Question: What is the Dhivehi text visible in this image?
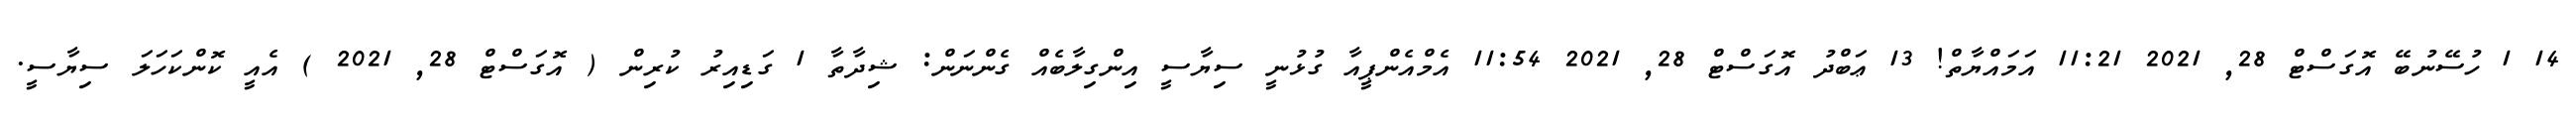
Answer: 14 1 ހުސޭނުބޭ އޮގަސްޓް 28, 2021 11:21 އަމައްޔާތް! 13 ޢަބްދު އޮގަސްޓް 28, 2021 11:54 އެމްއެންޕީއާ ގުޅުނީ ސިޔާސީ އިންގިލާބެއް ގެންނަން: ޝިދާތާ 1 ގަޑިއިރު ކުރިން ( އޮގަސްޓް 28, 2021 ) އެއީ ކޮންކަހަލަ ސިޔާސީ.